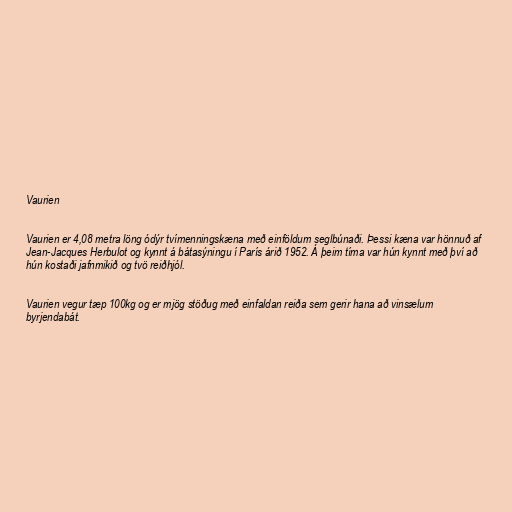
Vaurien

Vaurien er 4,08 metra löng ódýr tvímenningskæna með einföldum seglbúnaði. Þessi kæna var hönnuð af
Jean-Jacques Herbulot og kynnt á bátasýningu í París árið 1952. Á þeim tíma var hún kynnt með því að
hún kostaði jafnmikið og tvö reiðhjól.

Vaurien vegur tæp 100kg og er mjög stöðug með einfaldan reiða sem gerir hana að vinsælum
byrjendabát.